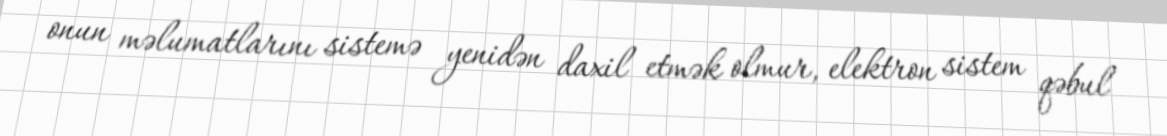
onun məlumatlarını sistemə yenidən daxil etmək olmur, elektron sistem qəbul